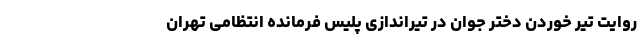
روایت تیر خوردن دختر جوان در تیراندازی پلیس فرمانده انتظامی تهران